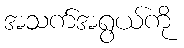
အသက်အရွယ်ကို